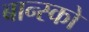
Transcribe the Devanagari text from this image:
बान्स्को